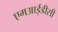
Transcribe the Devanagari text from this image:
एमआईडीसी